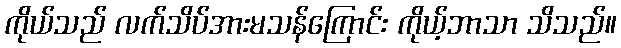
ကိုယ်သည် လက်သိပ်အားမသန်ကြောင်း ကိုယ့်ဘာသာ သိသည်။